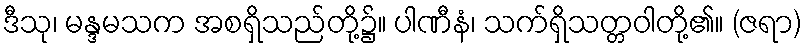
ဒီသု၊ မန္ဒမသက အစရှိသည်တို့၌။ ပါဏီနံ၊ သက်ရှိသတ္တဝါတို့၏။ (ဇရာ)